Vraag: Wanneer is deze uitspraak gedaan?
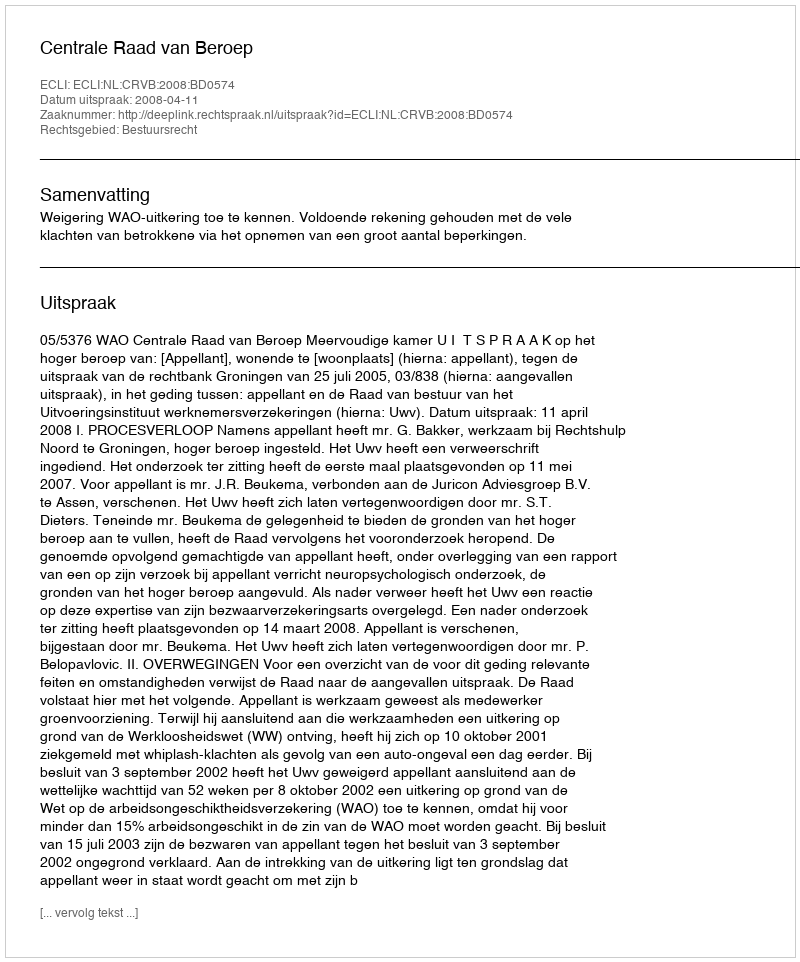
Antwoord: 2008-04-11